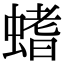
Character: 螧